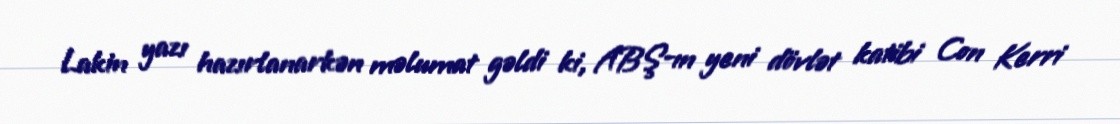
Lakin yazı hazırlanarkən məlumat gəldi ki, ABŞ-ın yeni dövlət katibi Con Kerri